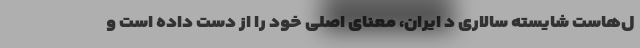
ل‌هاست شایسته سالاری د ایران، معنای اصلی خود را از دست داده است و